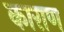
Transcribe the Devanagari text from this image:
काराण